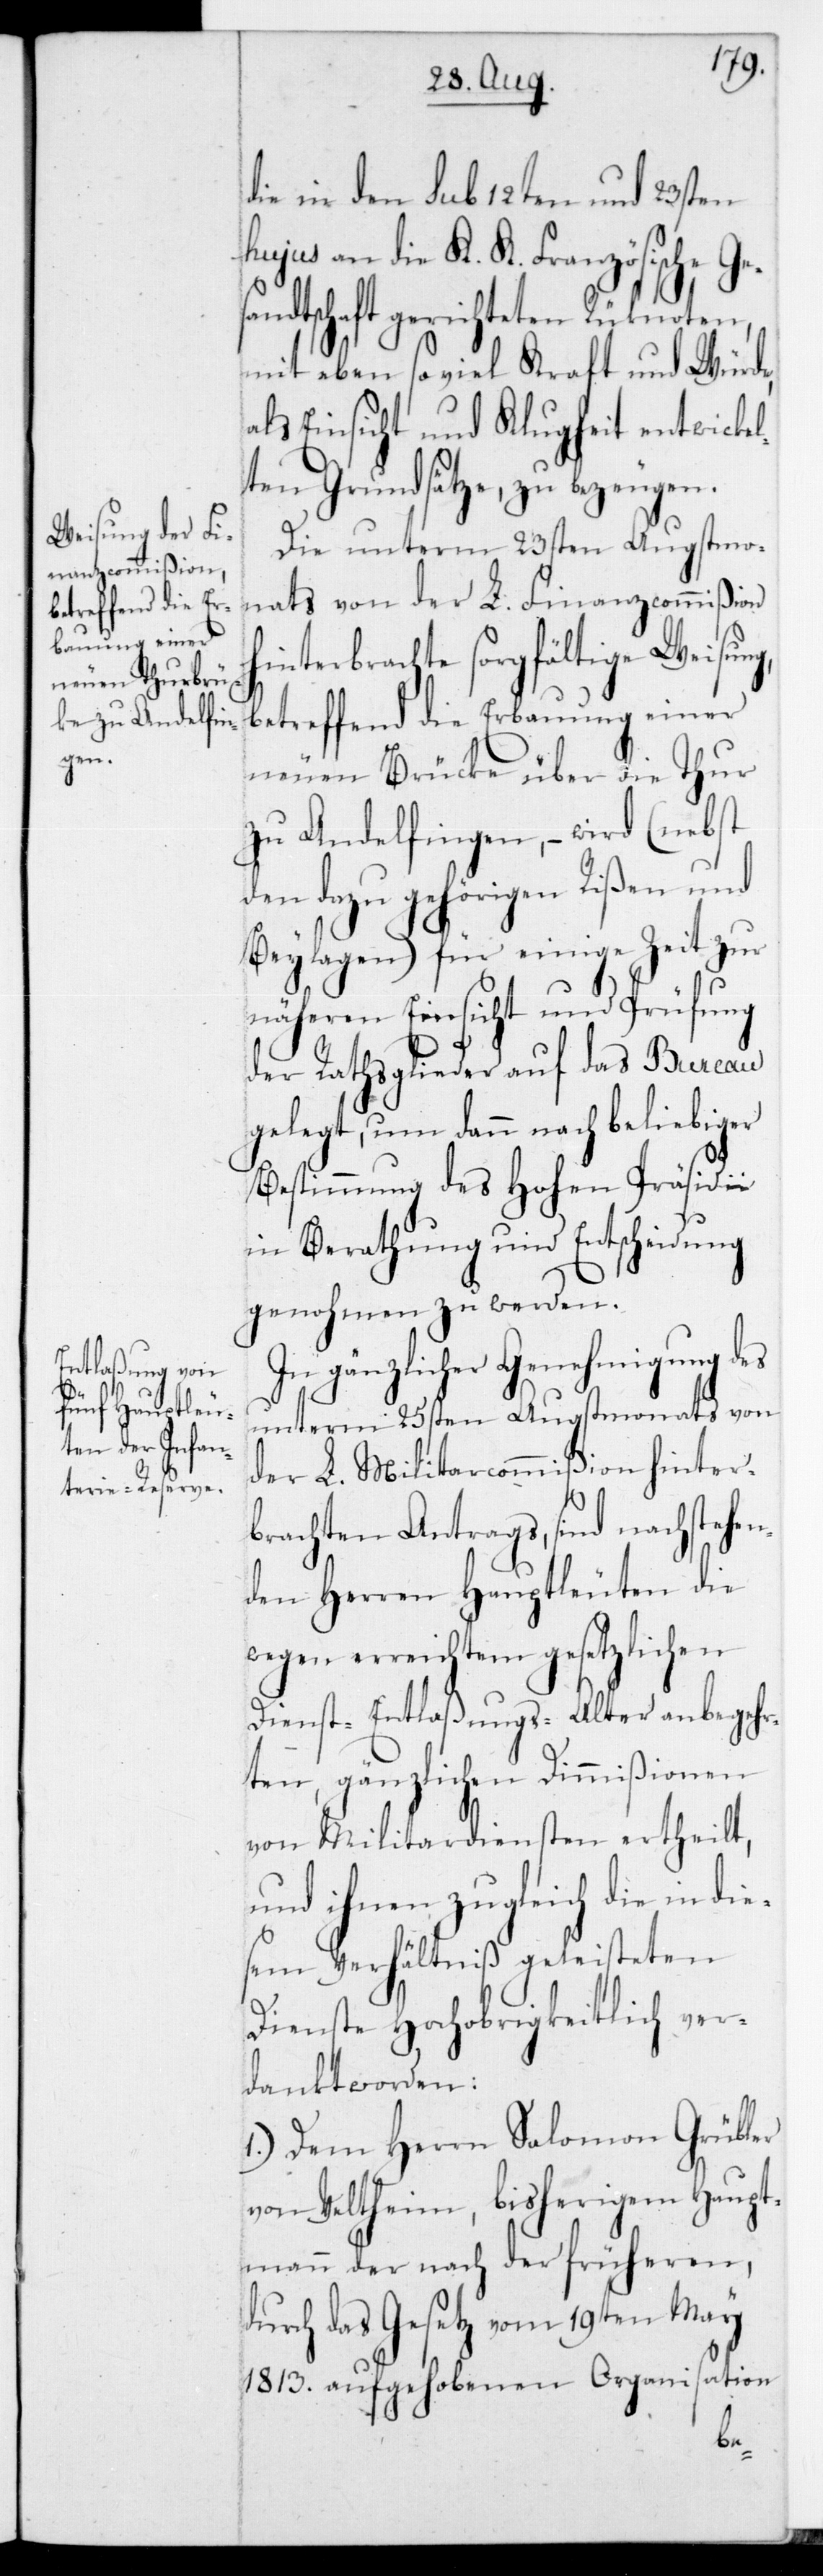
die in den sub 12ten und 23sten
hujus an die K. K. Französische Ge¬
ndtschaft gerichteten Rücknoten,
mit eben soviel Kraft und Würde,
als Einsicht und Klugheit entwickel¬
ten Grundsätze, zu bezeugen.
Die unterm 23sten Augstmo¬
nats von der L. Finanzcommißion
hinterbrachte sorgfältige Weisung,
betreffend die Erbauung einer
neuen Brücke über die Thur
zu Andelfingen, – wird (nebst
den dazu gehörigen Rißen und
Beylagen) für einige Zeit zur
näheren Einsicht und Prüfung
der Rathsglieder auf das Bureau
gelegt, um dann nach beliebiger
Bestimmung des Hohen Präsidii
in Berathung und Entscheidung
genohmen zu werden.
In gänzlicher Genehmigung des
unterm 25sten Augstmonats von
der L. MilitarCommißion hinter¬
brachten Antrags, sind nachstehen¬
den Herren Hauptleuten die
wegen erreichtem gesetzlichen
Dienst-Entlaßungs-Alter anbegehr¬
ten gänzlichen Dimmißionen
von Militardiensten ertheilt,
und ihnen zugleich die in die¬
sem Verhältniß geleisteten
Dienste Hochobrigkeitlich ver¬
dankt worden:
1.) Dem Herrn Salomon Grübler
von Veltheim, bisherigem Haupt¬
mann der nach der früheren,
durch das Gesetz vom 19ten May
1813 aufgehobenen Organisation
sa¬